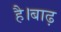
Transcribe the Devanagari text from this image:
है।बाढ़